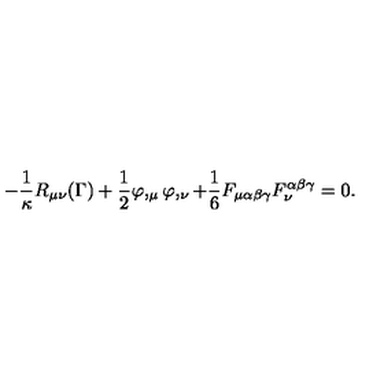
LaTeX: - \frac { 1 } { \kappa } R _ { \mu \nu } ( \Gamma ) + \frac { 1 } { 2 } \varphi , _ { \mu } \varphi , _ { \nu } + \frac { 1 } { 6 } F _ { \mu \alpha \beta \gamma } F _ { \nu } ^ { \alpha \beta \gamma } = 0 .